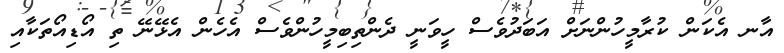
އާނ އެކަން ކުރާމީހުންނަށް އަބަދުވެސް ހީވަނީ ދެންތިބިމީހުންވެސް އެހެން އެޅޭނޭ ތި އޯޑިއޯތަކާއި